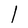
Character: l